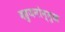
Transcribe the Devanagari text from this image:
बहुजनोन्मुख